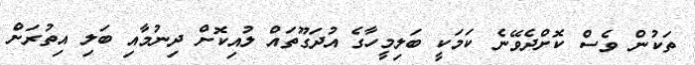
ތަކުން ވެސް ކޮށްދެވޭނެ ކަމަކީ ބަލިމީހާގެ އުދަގޫތައް ލުއިކޮށް ދިނުމާއި ބަލި އިތުރަށް